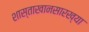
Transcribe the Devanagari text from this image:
शास्ताखानसारख्या